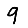
Digit: 9